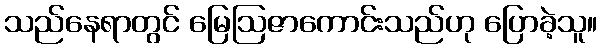
သည်နေရာတွင် မြေဩဇာကောင်းသည်ဟု ပြောခဲ့သူ။